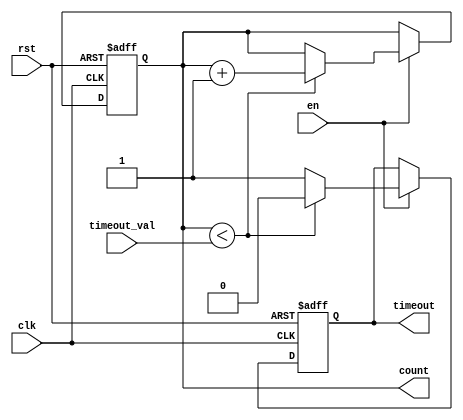
module timeout_counter (
    input wire clk,                // Clock signal
    input wire rst,                // Asynchronous reset
    input wire en,                 // Enable signal
    input wire [15:0] timeout_val, // Time-out value (16-bit for example)
    output reg [15:0] count,       // Current count value (16-bit)
    output reg timeout             // Time-out signal (active high)
);

    // Initialize output signals
    initial begin
        count = 16'b0;             // Initialize count to 0
        timeout = 1'b0;            // Initialize timeout signal to inactive
    end

    // Asynchronous reset
    always @(posedge clk or posedge rst) begin
        if (rst) begin
            count <= 16'b0;         // Reset count to 0
            timeout <= 1'b0;        // Deactivate timeout signal
        end else if (en) begin
            if (count < timeout_val) begin
                count <= count + 1; // Increment count if not at timeout
                timeout <= 1'b0;     // Keep timeout inactive
            end else begin
                timeout <= 1'b1;     // Activate timeout signal
            end
        end
    end

endmodule